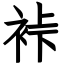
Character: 裃